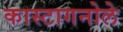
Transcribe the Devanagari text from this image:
कास्टागनोले